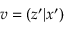
v = \left( z ^ { \prime } | x ^ { \prime } \right)